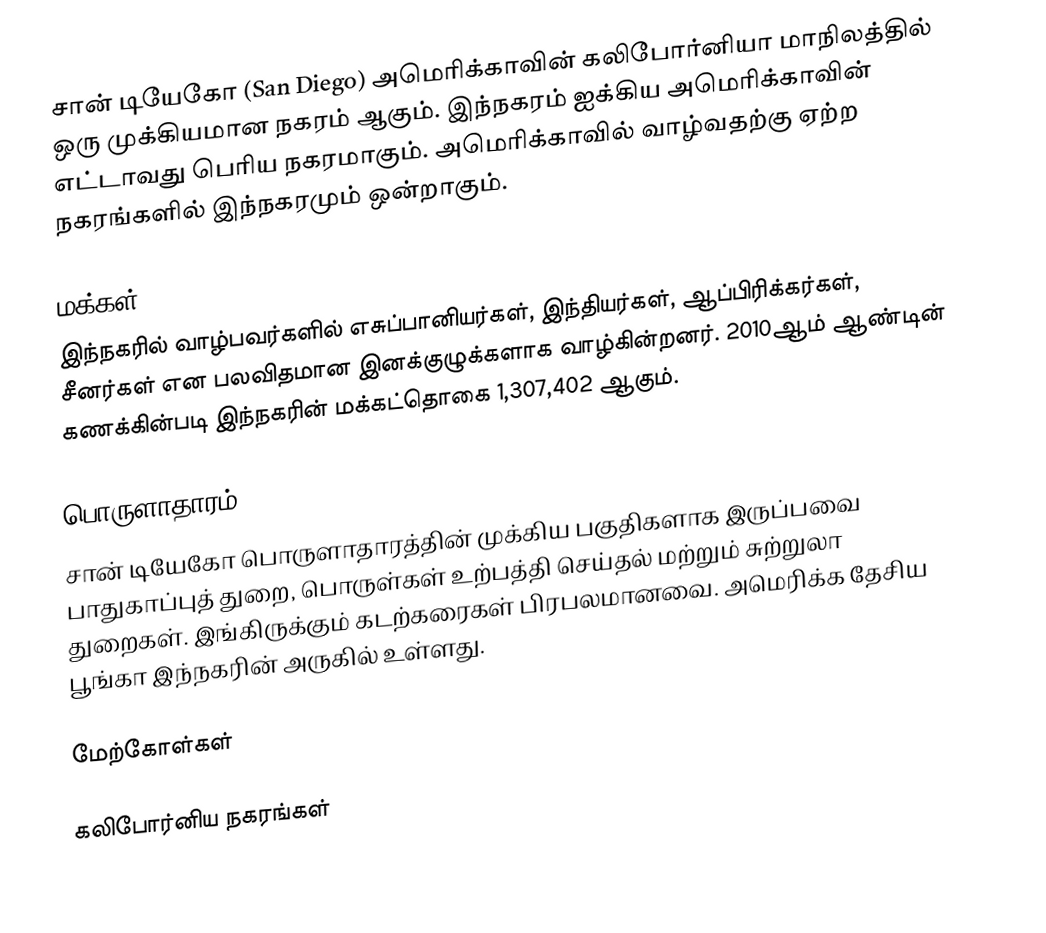
சான் டியேகோ (San Diego) அமெரிக்காவின் கலிபோர்னியா மாநிலத்தில் ஒரு முக்கியமான நகரம் ஆகும். இந்நகரம் ஐக்கிய அமெரிக்காவின் எட்டாவது பெரிய நகரமாகும். அமெரிக்காவில் வாழ்வதற்கு ஏற்ற நகரங்களில் இந்நகரமும் ஒன்றாகும்.

மக்கள்
இந்நகரில் வாழ்பவர்களில் எசுப்பானியர்கள், இந்தியர்கள், ஆப்பிரிக்கர்கள், சீனர்கள் என பலவிதமான இனக்குழுக்களாக வாழ்கின்றனர். 2010ஆம் ஆண்டின் கணக்கின்படி இந்நகரின் மக்கட்தொகை 1,307,402 ஆகும்.

பொருளாதாரம்
சான் டியேகோ பொருளாதாரத்தின் முக்கிய பகுதிகளாக இருப்பவை பாதுகாப்புத் துறை, பொருள்கள் உற்பத்தி செய்தல் மற்றும் சுற்றுலா துறைகள். இங்கிருக்கும் கடற்கரைகள் பிரபலமானவை. அமெரிக்க தேசிய பூங்கா இந்நகரின் அருகில் உள்ளது.

மேற்கோள்கள்

கலிபோர்னிய நகரங்கள்